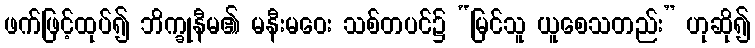
ဖက်ဖြင့်ထုပ်၍ ဘိက္ခုနီမ၏ မနီးမဝေး သစ်တပင်၌ “မြင်သူ ယူစေသတည်း” ဟုဆို၍